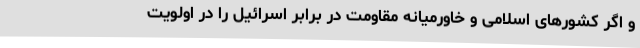
و اگر کشورهای اسلامی و خاورمیانه مقاومت در برابر اسرائیل را در اولویت